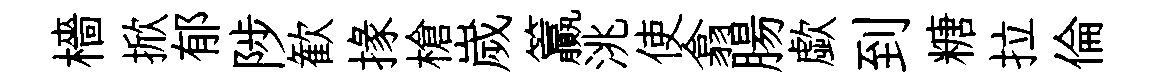
檣掀郁陟歓掾槍嵗籯洮使翕腸歔到糖拉倫